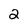
Character: 2